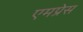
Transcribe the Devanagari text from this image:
एमप्रेस